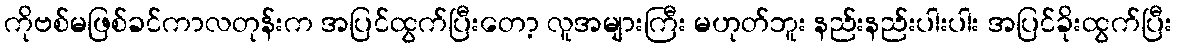
ကိုဗစ်မဖြစ်ခင်ကာလတုန်းက အပြင်ထွက်ပြီးတော့ လူအများကြီး မဟုတ်ဘူး နည်းနည်းပါးပါး အပြင်ခိုးထွက်ပြီး